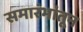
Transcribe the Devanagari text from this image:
समारंभांतून